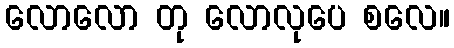
လောလော တု လောလုပေ စလေ။